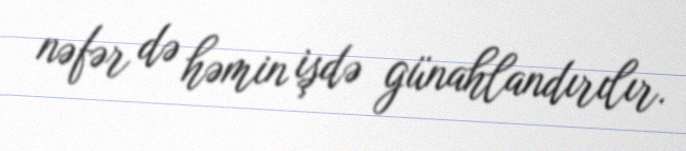
nəfər də həmin işdə günahlandırılır.